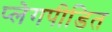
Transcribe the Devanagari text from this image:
प्लेगपीडित